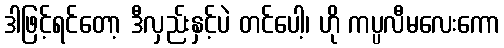
ဒါဖြင့်ရင်တော့ ဒီလှည်းနှင့်ပဲ တင်ပေါ့၊ ဟို ကပ္ပလီမလေးကော